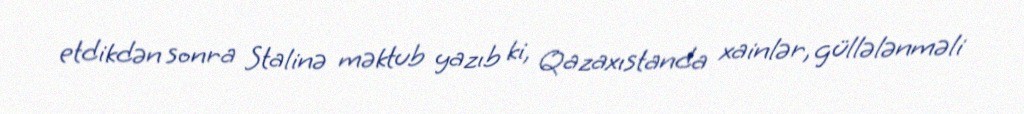
etdikdən sonra Stalinə məktub yazıb ki, Qazaxıstanda xainlər, güllələnməli